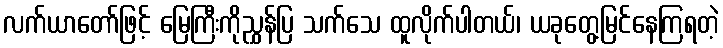
လက်ယာတော်ဖြင့် မြေကြီးကိုညွှန်ပြ သက်သေ ထူလိုက်ပါတယ်၊ ယခုတွေ့မြင်နေကြရတဲ့